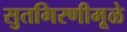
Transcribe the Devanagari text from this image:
सुतगिरणीमूळे